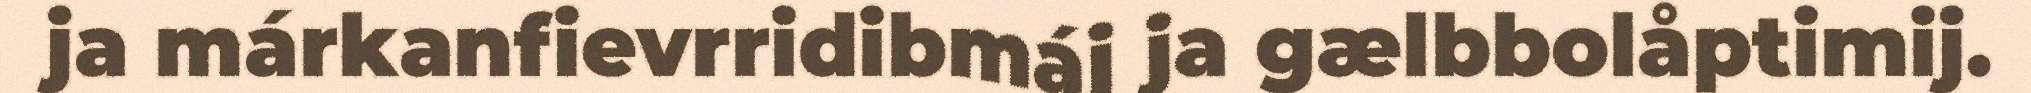
ja márkanfievrridibmáj ja gælbbolåptimij.